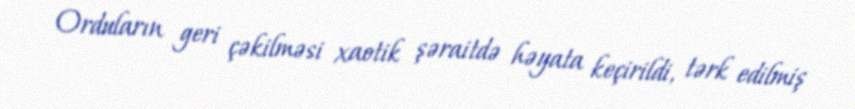
Orduların geri çəkilməsi xaotik şəraitdə həyata keçirildi, tərk edilmiş